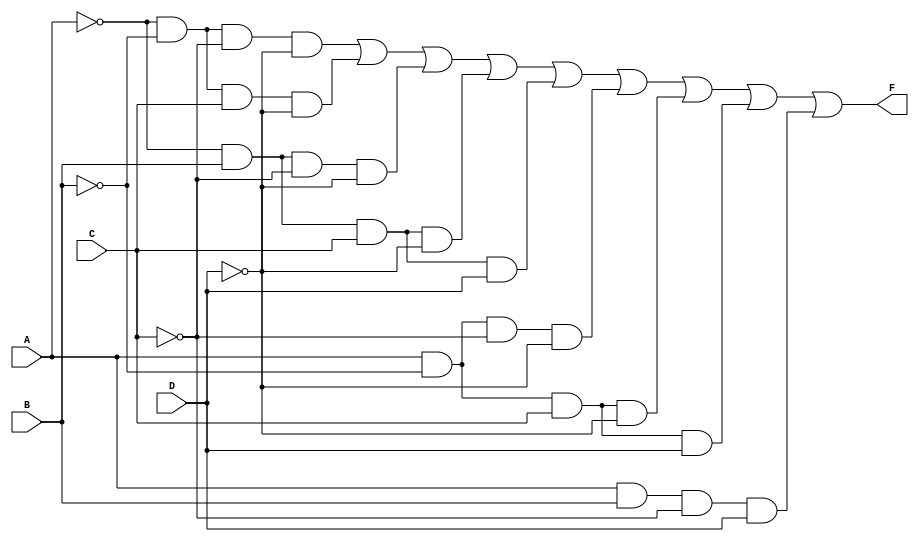
module four_variable_kmap (
    input wire A,    // First variable
    input wire B,    // Second variable
    input wire C,    // Third variable
    input wire D,    // Fourth variable
    output wire F    // Output Boolean expression
);

// K-map implementation based on selected minterms
// Define the minterms for which the output F should be high (1).
// You can modify this as needed based on the K-map simplification

// Example minterms: m0, m1, m2, m5, m7, m8, m9, m10, m14
// This corresponds to the expression F = A'B'C'D' + A'B'C'D + A'B'C + A'BC'D + AB'C'D + AB'C + ABC'D + ABC + A'BC
assign F = ( ~A & ~B & ~C & ~D ) | // m0
           ( ~A & ~B &  C & ~D ) | // m1
           ( ~A &  B & ~C & ~D ) | // m2
           ( ~A &  B &  C & ~D ) | // m3
           ( ~A &  B &  C &  D ) | // m7
           (  A & ~B & ~C & ~D ) | // m8
           (  A & ~B &  C & ~D ) | // m9
           (  A & ~B &  C &  D ) | // m10
           (  A &  B & ~C &  D );  // m14

endmodule